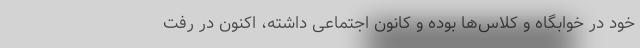
خود در خوابگاه و کلاس‌ها بوده و کانون اجتماعی داشته، اکنون در رفت